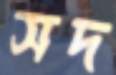
সদ